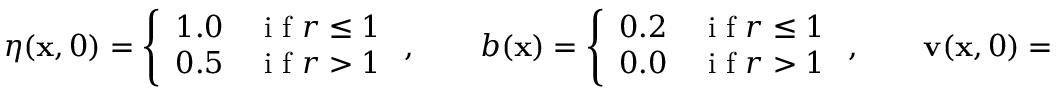
\eta ( \mathbf { x } , 0 ) = \left\{ \begin{array} { c c } { 1 . 0 } & { \textnormal { i f } r \leq 1 } \\ { 0 . 5 } & { \textnormal { i f } r > 1 } \end{array} \right. , \qquad b ( \mathbf { x } ) = \left\{ \begin{array} { c c } { 0 . 2 } & { \textnormal { i f } r \leq 1 } \\ { 0 . 0 } & { \textnormal { i f } r > 1 } \end{array} \right. , \qquad \mathbf { v } ( \mathbf { x } , 0 ) = \mathbf { 0 } .